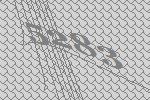
5283